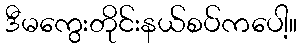
ဒီမကွေးတိုင်းနယ်စပ်ကပေါ့။